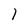
Character: 1